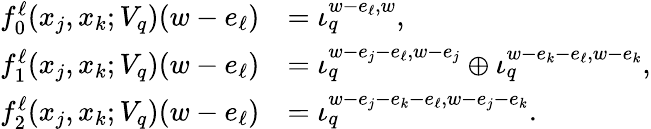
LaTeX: \begin{array}{rl}{f_{0}^{\ell}(x_{j},x_{k};V_{q})(w-e_{\ell})}&{=\iota_{q}^{w-e_{\ell},w},}\\ {f_{1}^{\ell}(x_{j},x_{k};V_{q})(w-e_{\ell})}&{=\iota_{q}^{w-e_{j}-e_{\ell},w-e_{j}}\oplus\iota_{q}^{w-e_{k}-e_{\ell},w-e_{k}},}\\ {f_{2}^{\ell}(x_{j},x_{k};V_{q})(w-e_{\ell})}&{=\iota_{q}^{w-e_{j}-e_{k}-e_{\ell},w-e_{j}-e_{k}}.}\end{array}